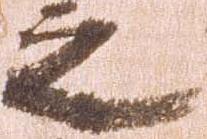
之